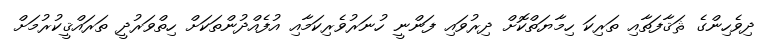
ދިވެހިންގެ ޘަޤާފަތާއި ތަރިކަ ހިމާޔަތްކޮށް ދިރުވައި ފަންނީ ހުނަރުވެރިކަމާއި އުފެއްދުންތަކަށް ހިތްވަރުދީ ތަރައްޤީކުރުމަށް